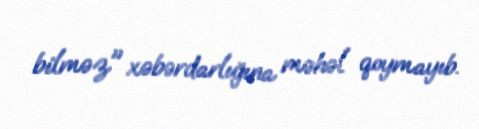
bilməz" xəbərdarlığına məhəl qoymayıb.